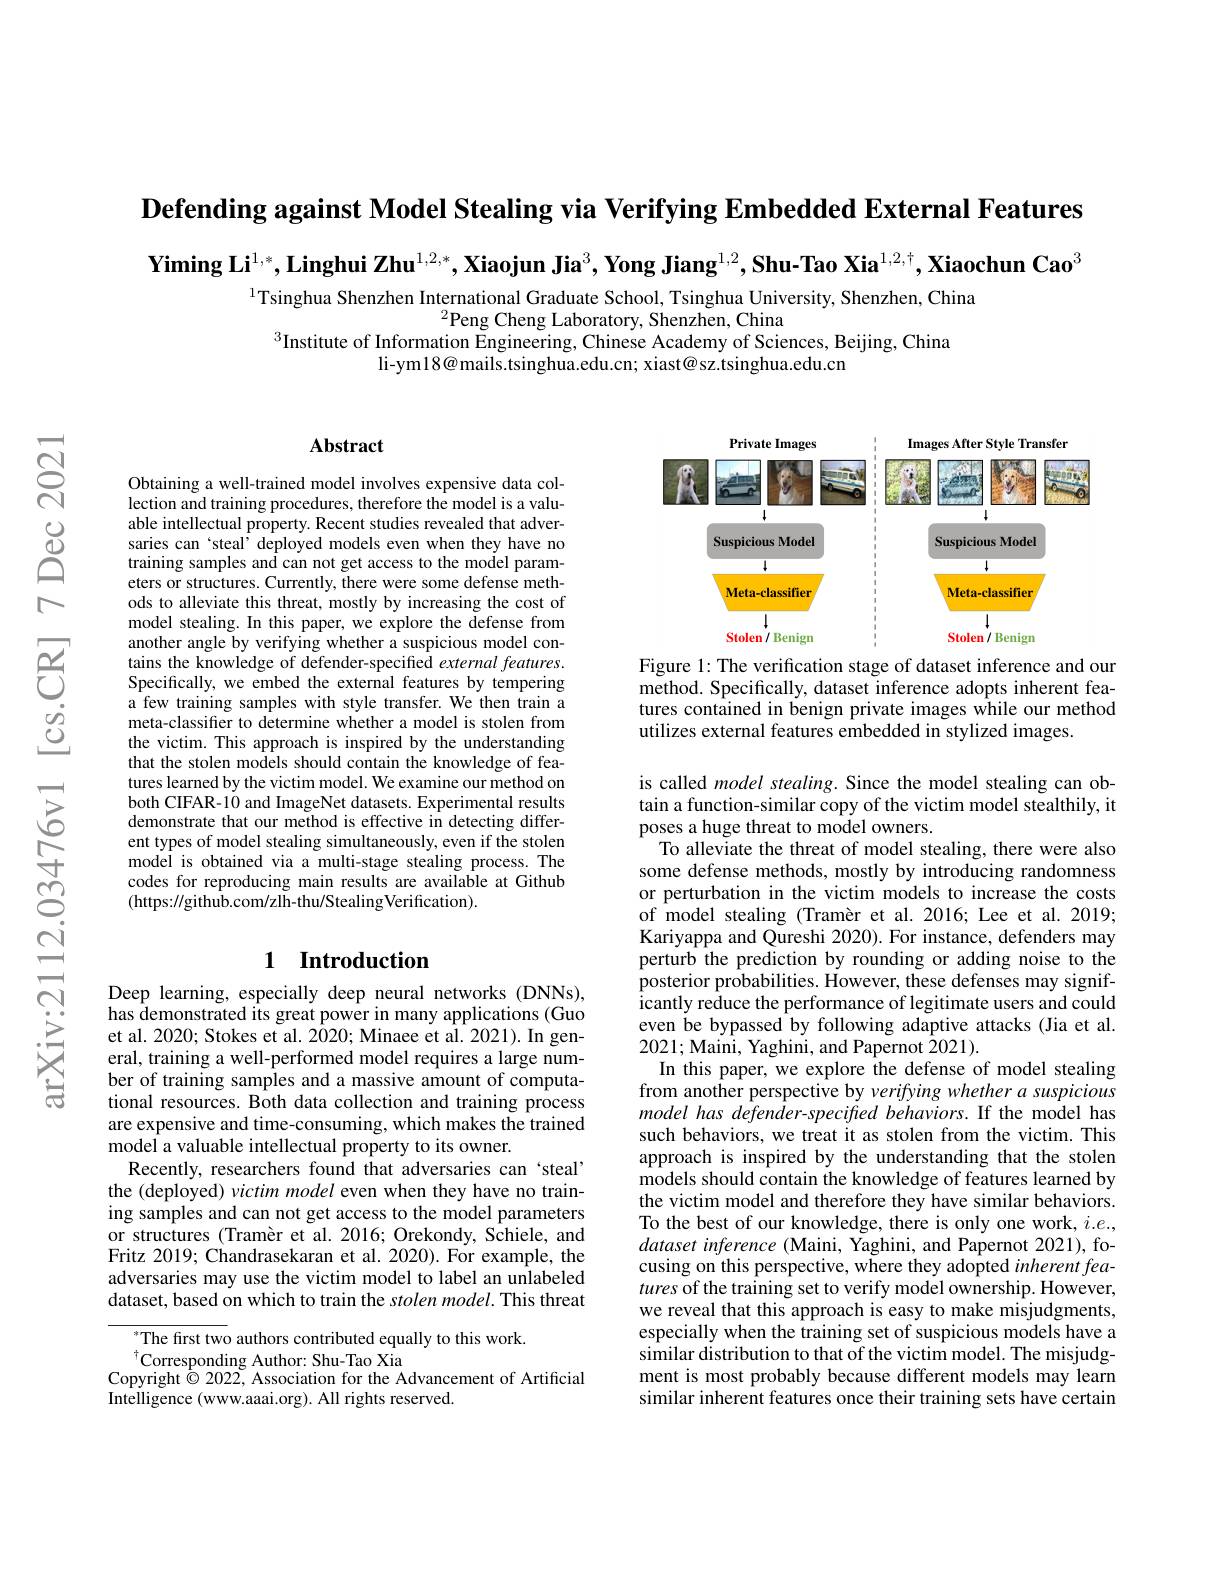
Defending against Model Stealing via Verifying Embedded External Features

$\textbf{Yiming Li}^{1,*},\textbf{Linghui Zhu}^{1,2,*},\textbf{Xiaojun Jia}^3,\textbf{Yong Jiang}^{1,2},\textbf{Shu-Tao Xia}^{1,2,\dagger},\textbf{Xiaochun Cao}^3$

$^{1}$Tsinghua Shenzhen International Graduate School, Tsinghua University, Shenzhen, China
$^{2}$Peng Cheng Laboratory, Shenzhen, China
$^{3}$Institute of Information Engineering, Chinese Academy of Sciences, Beijing, China
li- ym18@ mails. tsinghua. edu. cn; xiast@ sz. tsinghua. edu. cn

### $\mathbf{Abstract}$

Obtaining a well-trained model involves expensive data collection and training procedures, therefore the model is a valuable intellectual property. Recent studies revealed that adversaries can ‘steal’ deployed models even when they have no training samples and can not get access to the model parameters or structures. Currently, there were some defense methods to alleviate this threat, mostly by increasing the cost of model stealing. In this paper, we explore the defense from another angle by verifying whether a suspicious model contains the knowledge of defender-specified external features. Specifically, we embed the external features by tempering a few training samples with style transfer. We then train a meta-classifier to determine whether a model is stolen from the victim. This approach is inspired by the understanding that the stolen models should contain the knowledge of features learned by the victim model. We examine our method on both CIFAR-10 and ImageNet datasets. Experimental results demonstrate that our method is effective in detecting different types of model stealing simultaneously, even if the stolen model is obtained via a multi-stage stealing process.The codes for reproducing main results are available at Github (https://github.com/zlh-thu/StealingVerification).

## 1 Introduction

Deep learning, especially deep neural networks (DNNs), has demonstrated its great power in many applications (Guo et al. 2020; Stokes et al. 2020; Minaee et al. 2021). In general, training a well-performed model requires a large number of training samples and a massive amount of computational resources. Both data collection and training process are expensive and time-consuming, which makes the trained model a valuable intellectual property to its owner.
Recently, researchers found that adversaries can ‘steal’ the (deployed) victim model even when they have no training samples and can not get access to the model parameters or structures (Tramèr et al. 2016; Orekondy, Schiele, and Fritz 2019; Chandrasekaran et al. 2020). For example, the adversaries may use the victim model to label an unlabeled dataset, based on which to train the stolen model. This threat

$^*$The first two authors contributed equally to this work.
$^{\dagger}$Corresponding Author: Shu-Tao Xia
Copyright $\dot{\odot}$ 2022, Association for the Advancement of Artificial
Intelligence (www.aaai.org). All rights reserved

<FigureHere>

Figure 1: The verification stage of dataset inference and our method. Specifically, dataset inference adopts inherent features contained in benign private images while our method utilizes external features embedded in stylized images

is called model stealing. Since the model stealing can obtain a function-similar copy of the victim model stealthily, it poses a huge threat to model owners.
To alleviate the threat of model stealing, there were also some defense methods, mostly by introducing randomness or perturbation in the victim models to increase the costs of model stealing (Tramèr et al.2016; Lee et al.2019; Kariyappa and Qureshi 2020). For instance, defenders may perturb the prediction by rounding or adding noise to the posterior probabilities. However, these defenses may significantly reduce the performance of legitimate users and could even be bypassed by following adaptive attacks (Jia et al. 2021; Maini, Yaghini, and Papernot 2021).
In this paper, we explore the defense of model stealing from another perspective by verifyingwhethera suspicious model has defender-specified behaviors. If the model has such behaviors, we treat it as stolen from the victim. This approach is inspired by the understanding that the stolen models should contain the knowledge of features learned by the victim model and therefore they have similar behaviors. To the best of our knowledge, there is only one work, $i.e.$, dataset inference (Maini, Yaghini, and Papernot 2021), focusing on this perspective, where they adopted inherent features of the training set to verify model ownership. However, we reveal that this approach is easy to make misjudgments, especially when the training set of suspicious models have a similar distribution to that of the victim model. The misjudgment is most probably because different models may learn similar inherent features once their training sets have certain